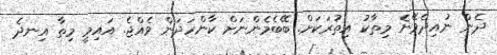
ދެން ނުއިދެވޭނެ މިތާކު އިތުރަކަށް. ބޭބެމެންނަށް ކާންހަދަން ވެއްޖެ. އައިމީ މިތާ އިނދެ